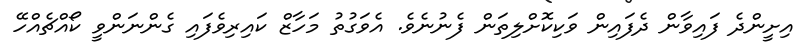
އިށީންދެ ފައިވާން ދެފައިން ވަކިކޮށްލިތަން ފެނުނެވެ. އެވަގުތު މަހާޒް ކައިރިވެފައި ގެންނަންވީ ކޯއްޗެއްހޭ